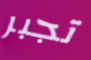
تجبر